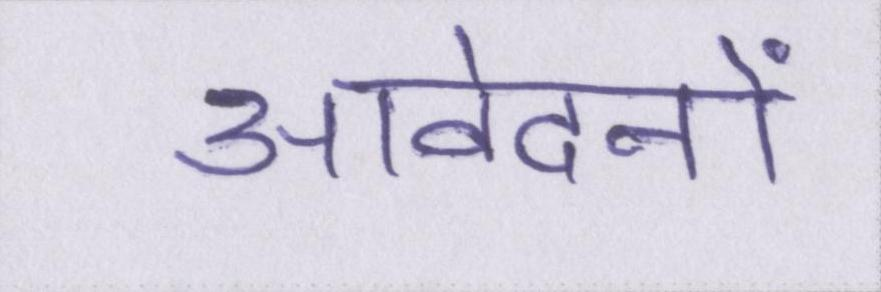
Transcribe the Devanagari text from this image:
आवेदनों